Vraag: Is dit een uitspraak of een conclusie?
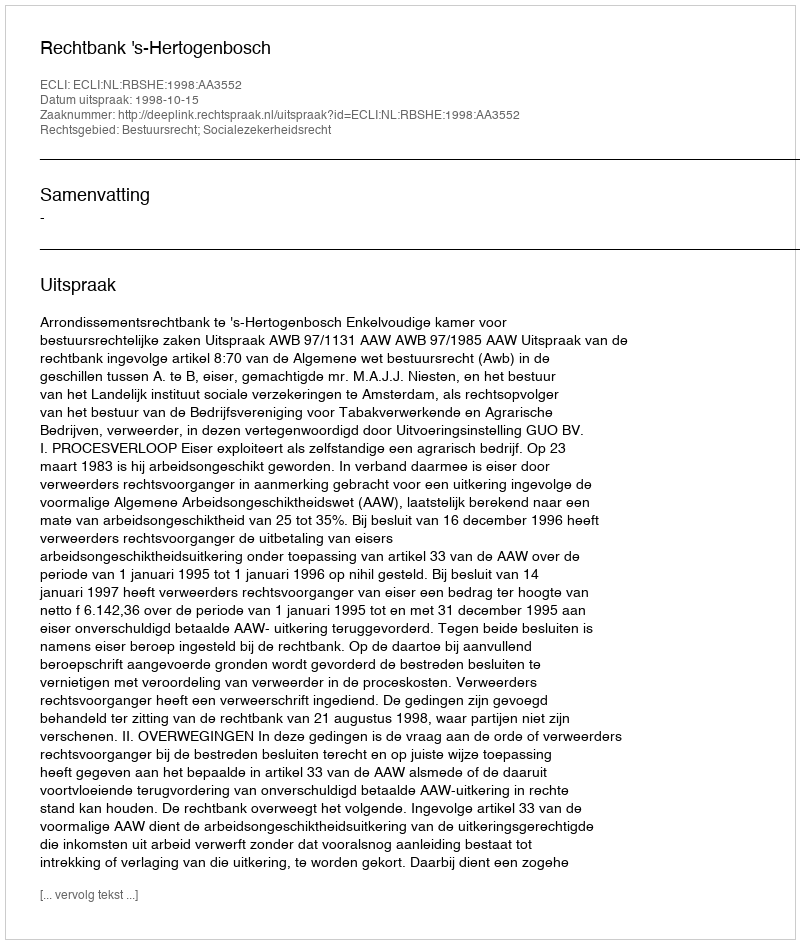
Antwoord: Uitspraak